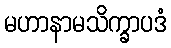
မဟာနာမသိက္ခာပဒံ